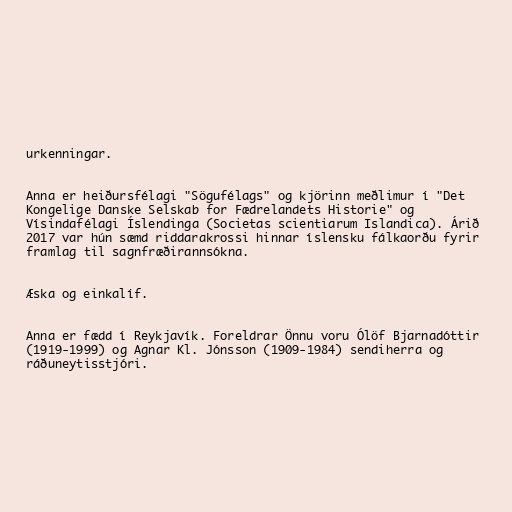
urkenningar.

Anna er heiðursfélagi "Sögufélags" og kjörinn meðlimur í "Det
Kongelige Danske Selskab for Fædrelandets Historie" og
Vísindafélagi Íslendinga (Societas scientiarum Islandica). Árið
2017 var hún sæmd riddarakrossi hinnar íslensku fálkaorðu fyrir
framlag til sagnfræðirannsókna.

Æska og einkalíf.

Anna er fædd í Reykjavík. Foreldrar Önnu voru Ólöf Bjarnadóttir
(1919-1999) og Agnar Kl. Jónsson (1909-1984) sendiherra og
ráðuneytisstjóri.